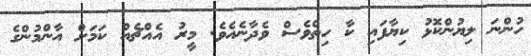
ހުންނަ ލިޔުންކޮޅު ކިޔާފައި ކާ ހިތްވެސް ވެދާނެއެވެ. މީރު އެއްޗެއް ކަމަށް އާންމުންގެ